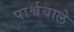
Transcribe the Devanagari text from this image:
पार्श्ववाले